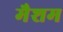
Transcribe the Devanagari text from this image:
मैशम